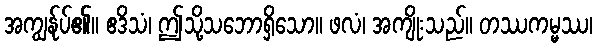
အကျွန်ုပ်၏။ ဧဒိသံ၊ ဤသို့သဘောရှိသော။ ဖလံ၊ အကျိုးသည်။ တဿကမ္မဿ၊